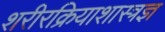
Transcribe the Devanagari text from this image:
शरीरक्रियाशास्त्रज्ञ